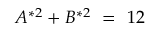
A ^ { * 2 } + B ^ { * 2 } \ = \ 1 2